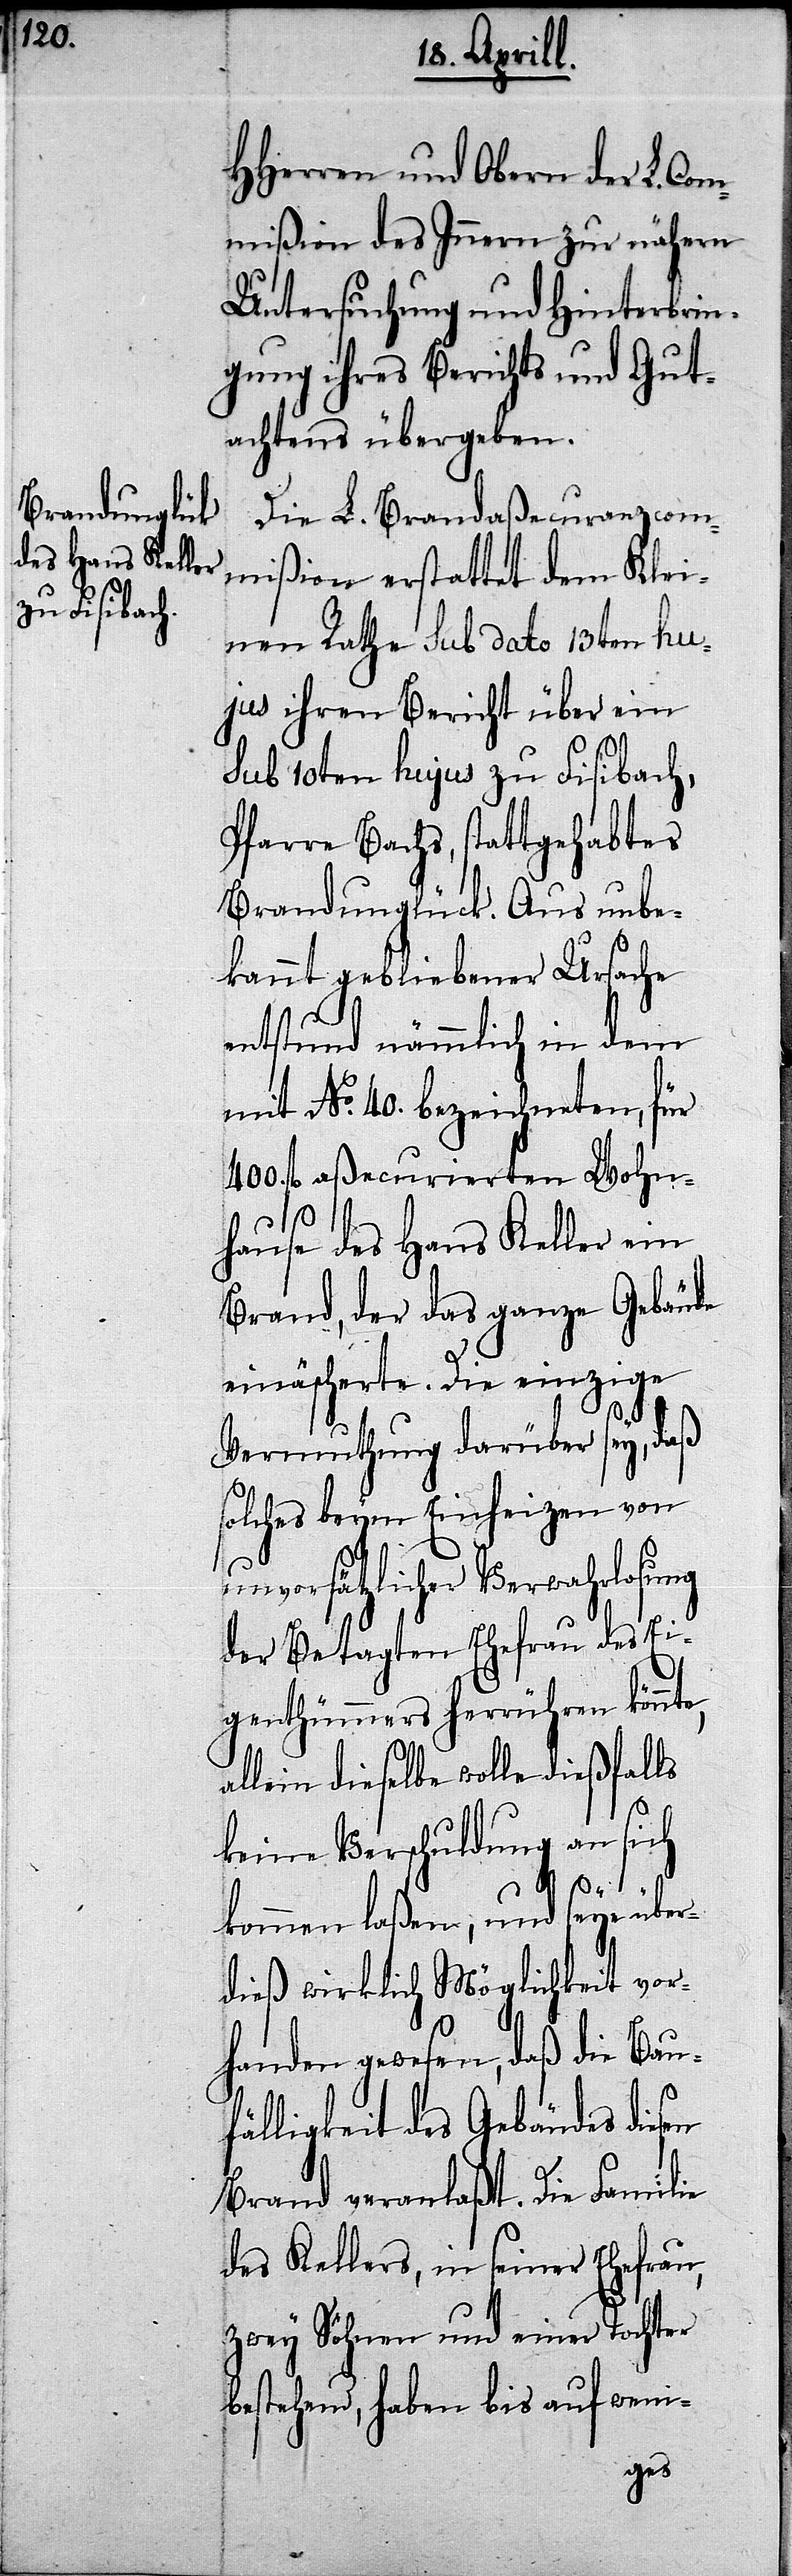
HHerren und Obern der L. Com¬
mißion des Innern zur nähern
Untersuchung und Hinterbrin¬
gung ihres Berichts und Gut¬
achtens übergeben.
Die L. Brandaßecuranzcom¬
mißion erstattet dem Klei¬
nen Rathe sub dato 13ten hu¬
jus ihren Bericht über ein
sub 10ten hujus zu Fisibach,
Pfarre Bachs, stattgehabtes
Brandunglück. Aus unbe¬
kannt gebliebener Ursache
entstund nämmlich in dem
mit No. 40. bezeichneten, für
400. fl. aßecurierten Wohn¬
hause des Hans Keller ein
Brand, der das ganze Gebäude
einäscherte. Die einzige
Vermuthung darüber sey, daß
solches beym Einheizen von
unvorsätzlicher Verwahrlosung
der betagten Ehefrau des Ei¬
genthümers herrühren könnte,
allein dieselbe wolle dießfalls
keine Verschuldung an sich
kommen laßen, und seye über¬
dieß wirklich Möglichkeit vor¬
handen gewesen, daß die Bau¬
fälligkeit des Gebäudes diesen
Brand veranlaßt. Die Familie
des Kellers, in seiner Ehefrau,
zwey Söhnen und einer Tochter
bestehend, haben bis auf weni-